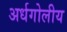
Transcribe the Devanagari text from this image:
अर्धगोलीय